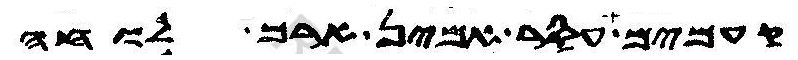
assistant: קעמים עסר אמין ארך לוחה